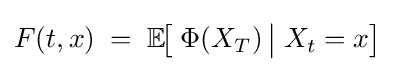
F(t,x)\;=\;\mathbb {E} \!{\bigl [}\;\Phi (X_{T})\,{\big |}\;X_{t}=x{\bigr ]}